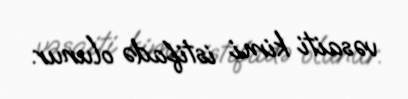
vəsaiti kimi istifadə olunur.